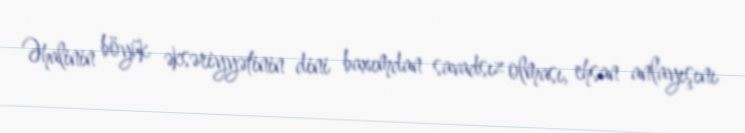
Əhalinin böyük əksəriyyətinin dini baxımdan savadsız olması, ehsan anlayışını